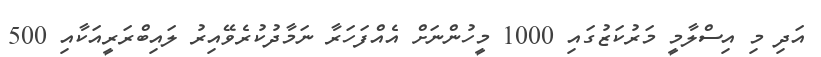
އަދި މި އިސްލާމީ މަރުކަޒުގައި 1000 މީހުންނަށް އެއްފަހަރާ ނަމާދުކުރެވޭއިރު ލައިބްރަރީއަކާއި 500